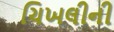
ચિખલીની